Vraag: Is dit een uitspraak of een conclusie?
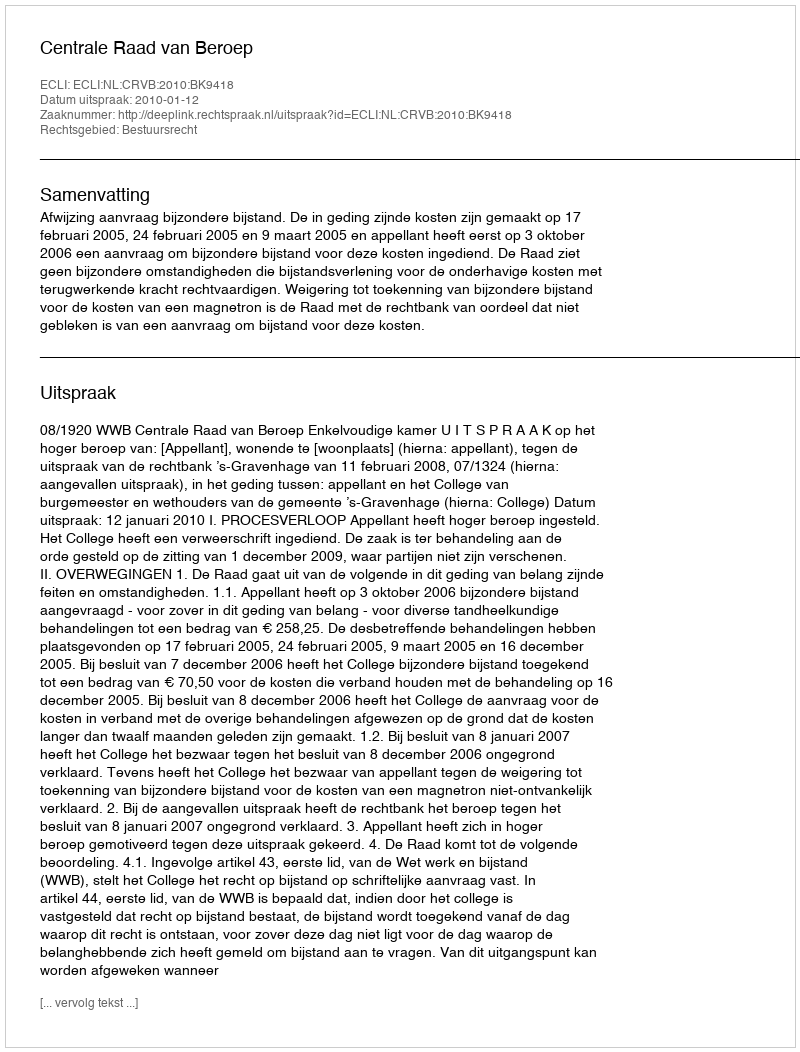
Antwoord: Uitspraak